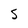
Character: S